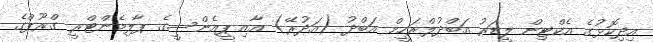
އިދިކޮޅުގެ އެކްޓިން ލީޑަރު އަބްދުލްރަހީމް އަބްދު (އަދުރޭ) އާއި ޕީއެންސީގެ ޕާލިމެންޓްރީ ގްރޫޕްގެ